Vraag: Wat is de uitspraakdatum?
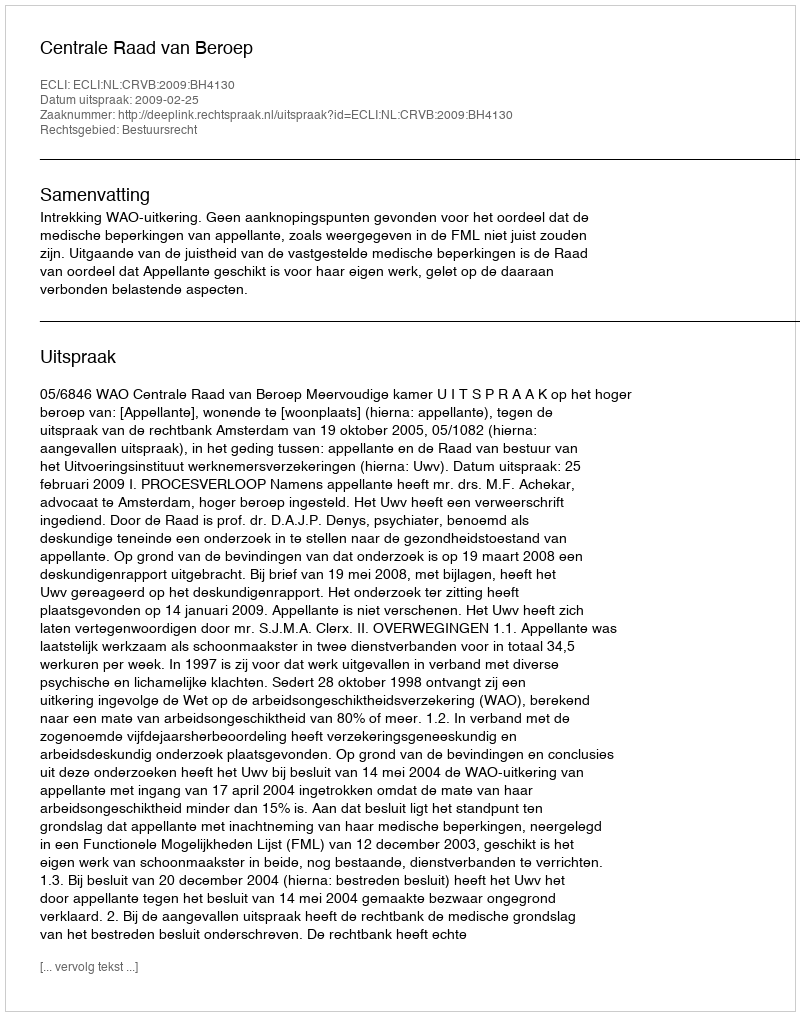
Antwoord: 2009-02-25